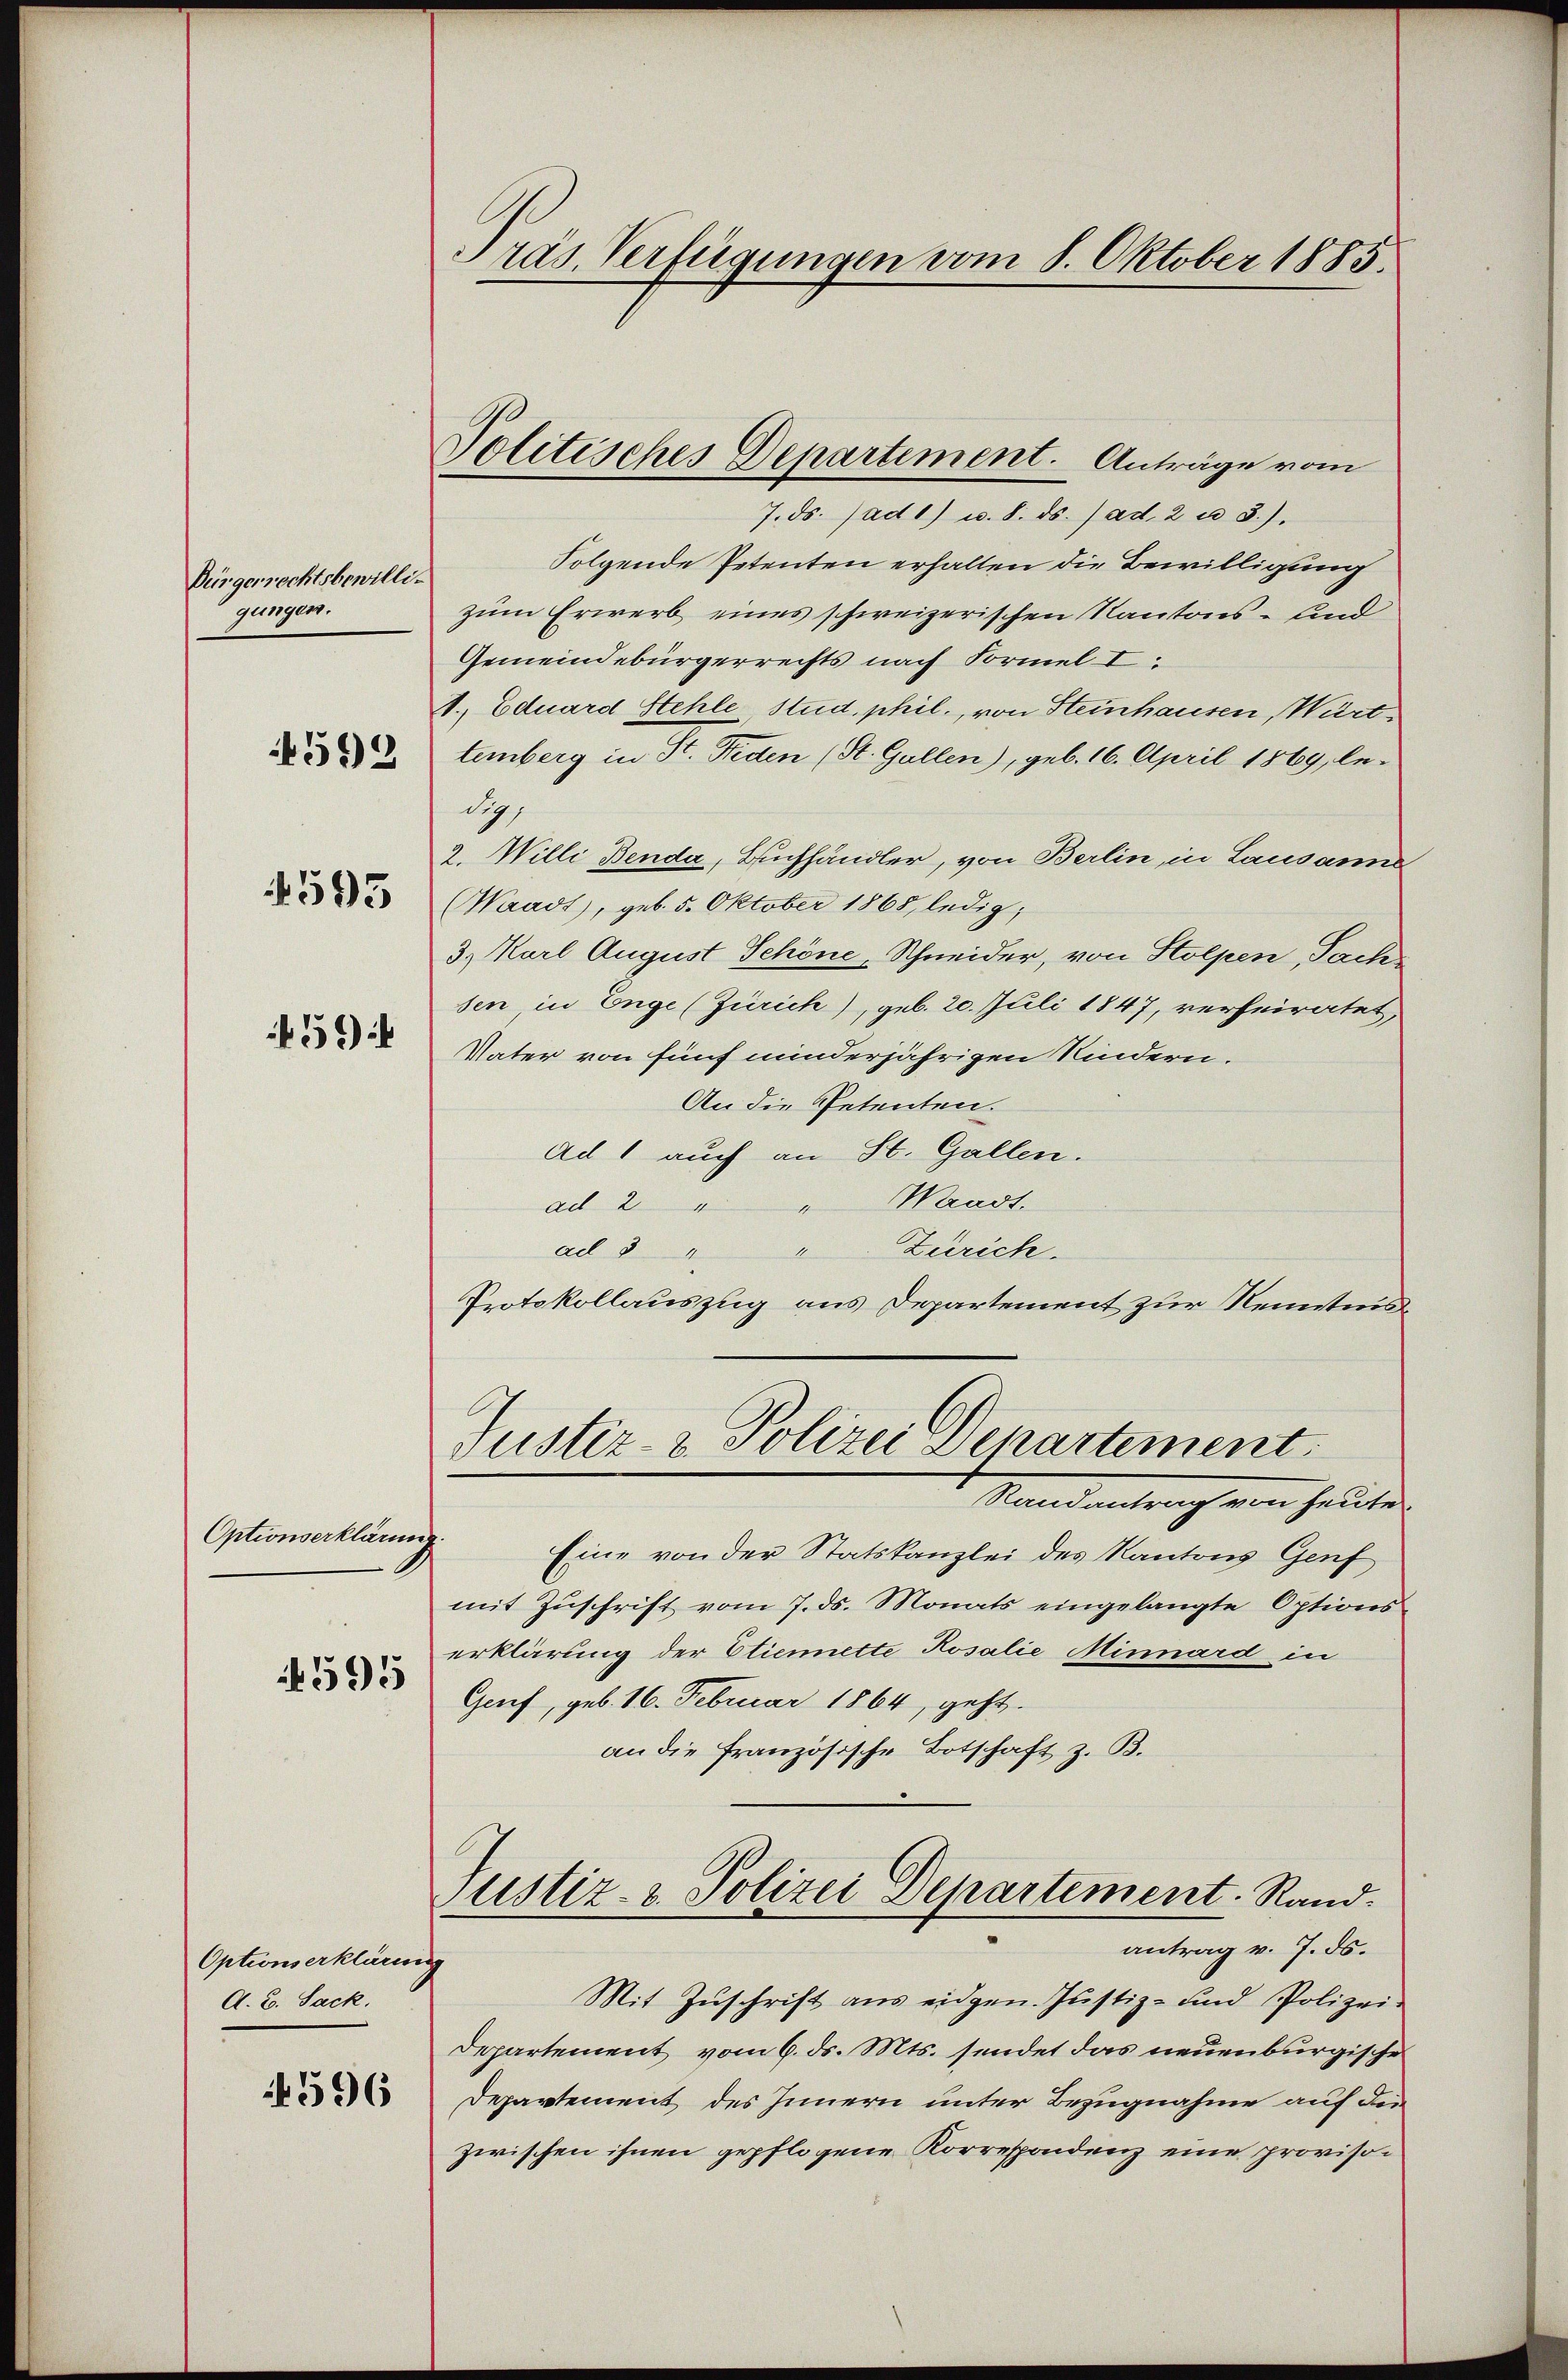
Bürgerrechtsbewilligungen.
4592

4593

459)

Optionserklärung.
595

Optionserklären
A. B. Sack.

14596

Präs. Verfügungen vom 8. Oktober 1885.

Politisches Departement. Anträge vom

7. ds. ad 1) u. 8. ds. ) ad. 2 u 3).
Folgende Petenten erhalten die Bewilligung
zum Erwerb eines schweizerischen Kantons - und
Gemeindebürgerrechts nach Formel-I
1. Eduard Stehle, Stud, phil., von Steinhausen, Württemberg in St. Beden (St. Gallen), geb. 16. April 1869, be-
di
2. Willi Benda, Buchhändler, von Berlin, in Lausanne
Waadt, geb. 5. Oktober 1868, ledig,
3., Karl August Schöne Schneider, von Stolpen, Sach
sen, in Enge (Zürich), geb. 20. Juli 1847, verheiratet,
Vater von fünf minderjährigen Kindern.
An die Petenten.
Ad 1 auch an St. Gallen.
ad 2 " " Waadt.
" Zürich.
ad 3
Protokollauszug aus Departement zur Kenntnis¬
Justiz- & Polizei Departement.
Randantrag von heute
Eine von der Statskanzlei des Kantons Genf
mit Zŭschrift vom 7. ds. Monats eingelangte Options-
erklärung der Etiennette Rosalie Minnard in
Genf, geb. 16. Februar 1864, geht.
an die französische Botschaft z. B.
Justiz- & Polizei Departement. Rand.
antrag v. 7. ds.
h
Mit Zŭschrift aus eidgen. Justiz- und Polizei-
Departement vom 6. ds. Mts. sendet das neuenburgische
Departement des Innern unter Bezugnahme auf die
zwischen ihnen gepflogene Korrespondenz eine proviso¬